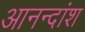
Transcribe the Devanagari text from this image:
आनन्दांश